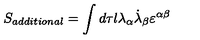
S _ { a d d i t i o n a l } = \int d \tau l \lambda _ { \alpha } \dot { \lambda } _ { \beta } \varepsilon ^ { \alpha \beta }